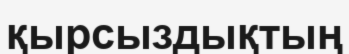
қырсыздықтың